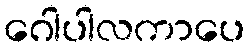
ဂေါပါလကာပေ